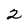
Character: 2